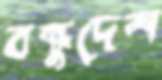
বন্ধুদেশ